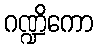
ဂဏ္ဍိကော